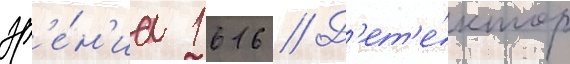
зр'е́н'иа 1616 // Д'ет'е́ктор